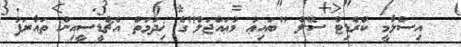
އިސްލާމީ ކްރެޑިޓް ސޭލް "ބައިޢު މުޢައްޖަލް"ގެ ޚިދުމަތް އެޗްޑީސީއިން ތައާރަފު